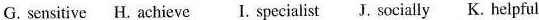
G. sensitive H.Achieve I. Specialist J. Socially K. Helpful